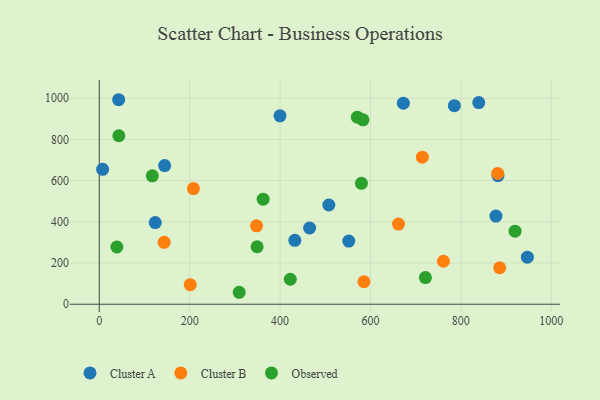
{"axis": {"x": "Price", "y": "Yield"}, "legend": ["Cluster A", "Cluster B", "Observed"], "data": [{"x": "839.6", "y": 979.1, "type": "Cluster A"}, {"x": "42.9", "y": 992.8, "type": "Cluster A"}, {"x": "882.1", "y": 624.5, "type": "Cluster A"}, {"x": "399.9", "y": 914.5, "type": "Cluster A"}, {"x": "432.7", "y": 310.0, "type": "Cluster A"}, {"x": "144.6", "y": 673.0, "type": "Cluster A"}, {"x": "672.8", "y": 976.2, "type": "Cluster A"}, {"x": "552.0", "y": 306.7, "type": "Cluster A"}, {"x": "465.4", "y": 370.0, "type": "Cluster A"}, {"x": "123.8", "y": 396.2, "type": "Cluster A"}, {"x": "7.4", "y": 655.0, "type": "Cluster A"}, {"x": "877.6", "y": 427.8, "type": "Cluster A"}, {"x": "785.6", "y": 964.0, "type": "Cluster A"}, {"x": "947.2", "y": 228.3, "type": "Cluster A"}, {"x": "507.9", "y": 481.8, "type": "Cluster A"}, {"x": "885.9", "y": 177.0, "type": "Cluster B"}, {"x": "761.5", "y": 208.7, "type": "Cluster B"}, {"x": "143.6", "y": 300.5, "type": "Cluster B"}, {"x": "714.8", "y": 713.9, "type": "Cluster B"}, {"x": "662.0", "y": 389.1, "type": "Cluster B"}, {"x": "585.6", "y": 109.2, "type": "Cluster B"}, {"x": "881.6", "y": 634.9, "type": "Cluster B"}, {"x": "201.2", "y": 94.8, "type": "Cluster B"}, {"x": "348.0", "y": 380.5, "type": "Cluster B"}, {"x": "208.3", "y": 561.6, "type": "Cluster B"}, {"x": "583.4", "y": 895.2, "type": "Observed"}, {"x": "117.4", "y": 623.2, "type": "Observed"}, {"x": "309.6", "y": 58.0, "type": "Observed"}, {"x": "580.0", "y": 587.0, "type": "Observed"}, {"x": "362.6", "y": 510.1, "type": "Observed"}, {"x": "571.0", "y": 907.9, "type": "Observed"}, {"x": "422.6", "y": 121.3, "type": "Observed"}, {"x": "721.6", "y": 129.3, "type": "Observed"}, {"x": "349.2", "y": 279.0, "type": "Observed"}, {"x": "919.9", "y": 354.7, "type": "Observed"}, {"x": "43.3", "y": 817.9, "type": "Observed"}, {"x": "38.9", "y": 277.8, "type": "Observed"}]}